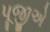
પૂજીએ